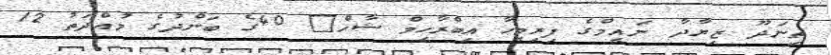
ތިނަދޫ ޒިޔާދާ ނައީމްގެ ފިރިމީހާ އިބްރާހިމް ޝާހް? 40ގެ ބަންދުގެ މުއްދަތު 12